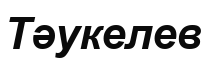
Тәукелев